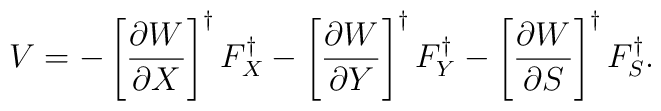
V = - \left[ {{\partial W} \over {\partial X}} \right]^{\dag} F_X^{\dag}     - \left[ {{\partial W} \over {\partial Y}} \right]^{\dag} F_Y^{\dag}     - \left[ {{\partial W} \over {\partial S}} \right]^{\dag} F_S^{\dag}.